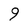
Character: 9